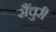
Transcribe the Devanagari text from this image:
सैंचुरी